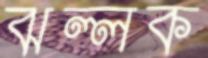
ঝল্লক